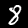
Label: 8